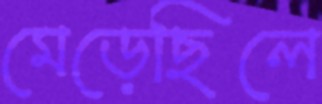
মেড়েছিলে